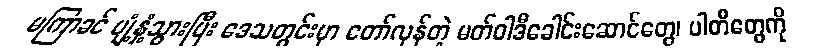
မကြာခင် ပျံ့နှံ့သွားပြီး ဒေသတွင်းမှာ တော်လှန်တဲ့ မတ်ဝါဒီခေါင်းဆောင်တွေ၊ ပါတီတွေကို